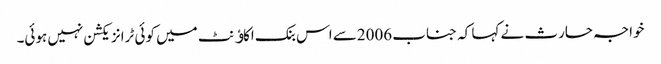
خواجہ حارث نے کہا کہ جناب 2006سے اس بنک اکاﺅنٹ میں کوئی ٹرانزیکشن نہیں ہوئی۔